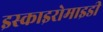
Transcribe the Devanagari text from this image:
इस्काइरोमाइडी